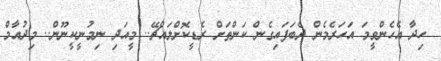
ހިދާ އެހެންވީމަ އަހަރެމެން ދެބަފައިގެން ކަންތަށް ރެޑީކޮށްލައްޗޭ.. މީއަދި ނިމުނީކީނޫން.. މިދުއާމް